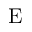
\mathrm { E }